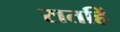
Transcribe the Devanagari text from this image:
रातहिं